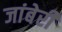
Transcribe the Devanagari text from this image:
जांबेरी